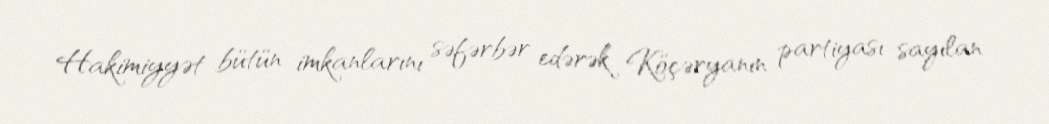
Hakimiyyət bütün imkanlarını səfərbər edərək Köçəryanın partiyası sayılan